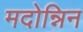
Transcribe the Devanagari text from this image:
मदोन्निन